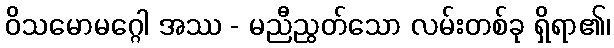
ဝိသမောမဂ္ဂေါ အဿ - မညီညွတ်သော လမ်းတစ်ခု ရှိရာ၏၊